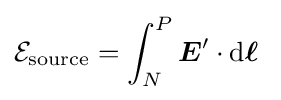
{\mathcal {E}}_{\mathrm {source} }=\int _{N}^{P}{\boldsymbol {E}}'\cdot \mathrm {d} {\boldsymbol {\ell }}\